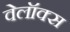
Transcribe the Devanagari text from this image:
वेलॉक्स